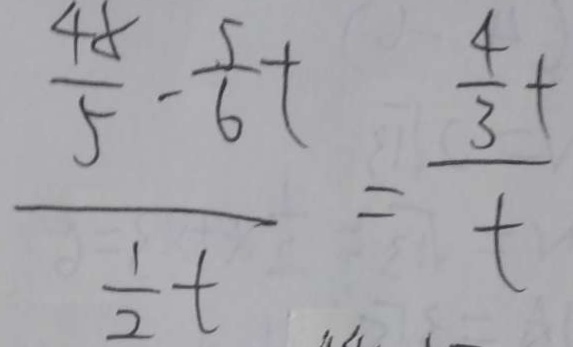
\frac { \frac { 4 8 } { 5 } - \frac { 5 } { 6 } t } { \frac { 1 } { 2 } t } = \frac { \frac { 4 } { 3 } t } { t }